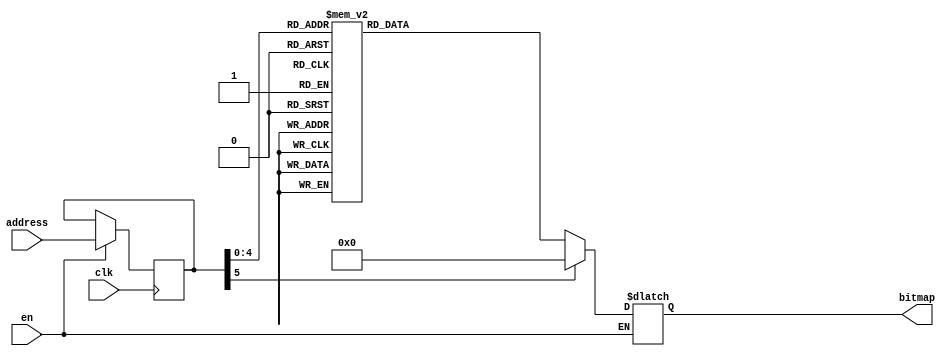
module water (clk, en, address, bitmap);
    input clk;
    input en;
    input wire[5:0] address;
    output reg[589:0] bitmap;
    reg [5:0]address_reg;
    
 always @(posedge clk)
 begin
    if (en)
     address_reg <= address;
 end
 
 always @(address_reg)
 begin
   if(en)
     case(address_reg)
       default: bitmap <= 0;
       6'b000000: bitmap <= 590'b11111100000000000000000000000000000000000000000000000000000000000000000000000000111100000000111111000000000000000000000000000000000000000000000000111111000000000000000000000000000000000000000000000000111111000000000000000000000000000000000000000000000000000000000000000000000000001110000000001111111110000000000000000000000000000000000000000000000000000000000000000000000000011110000000011111100000000000000000000000000000000000000000000000011111100000000000000000000000000000000000000000000000011111100000000000000000000000000000000000000000000000000000000000000000000000000111000000000111;
       6'b000001: bitmap <= 590'b11111111100000000000000000011100000000000000011111111100000000000000000000000111111111111111111111111000000000000000000111000000000000000111111111111111111000000000000000000111000000000000000111111111111111110000000000000000001110000000000000001111111110000000000000000000000001111111111111111111111111110000000000000000011110000000000000001111111100000000000000000000000001111111111111111111111100000000000000000011100000000000000011111111111111111100000000000000000011100000000000000111111111111111111000000000000000000111100000000000000111111111000000000000000000000000111111111111111111;
       6'b000010: bitmap <= 590'b11111111111100000000011111111111111111111111100011100011111100000000000000000011111111111111000011111111000000000011111111111111111111111111000111111111111111000000000111111111111111111111111111000111000111111111000000000111111111111111111111111110001111111110000000000000000001111111111111111111111111111110000000001111111111111111111111110001110011111110000000000000000011111111111111100011111111100000000011111111111111111111111111100011111111111111100000000011111111111111111111111111000011100011111111100000000011111111111111111111111111000111111111100000000000000000011111111111111111;
       6'b000011: bitmap <= 590'b00011111111111111111111111111111111100011111111111111111111111111111111111111111111000011000111100111111111111111111111111111111000111111111000111000011111111111111111111111111111111000111111110000111110000111111111111111111111111111110001111111110000111000111111111111111111111111110001110001110001111111111111111111111111111111110001111111111111111111111111111111111111111111100011100001100011111111111111111111111111111100001111111100011100011111111111111111111111111111111100011111111100011111000011111111111111111111111111111000111111111000011100011111111111111111111111111000111000111;
       6'b000100: bitmap <= 590'b00011100000011111111000011100011111111111111100000011100000111111111111000111111111000111111111111000000111111111000111000111111111111110000111111001111000111000111111001111000111111111111110001111111111111000000111111110001110001111111111111110001111110010110001111110001111110001110001111110000001110000001111111100001100001111111111111110000001110000001111111111100011111111100001111111111100000011111111100011100011111111111111100011111100011100011100011111100011100011111111111111000111111111111100000111111111000011000011111111111110100111110001011000011111000111111000111000011111000;
       
       6'b001000: bitmap <= 590'b00000011000000000000000000000000000000000000000000000000000000000000000000000000001111000000001111110000000000000000000000000000000000000000000000001111110000000000000000000000000000000000000000000000001111110000000000000000000000000000000000000000000000000000000000000000000000000011100000000011111111100000000000000000000000000000000000000000000000000000000000000000000000000111100000000111111000000000000000000000000000000000000000000000000111111000000000000000000000000000000000000000000000000111111000000000000000000000000000000000000000000000000000000000000000000000000001110000000001;
       6'b001001: bitmap <= 590'b00001111111000000000000000000111000000000000000111111111000000000000000000000001111111111111111111111110000000000000000001110000000000000001111111111111111110000000000000000001110000000000000001111111111111111100000000000000000011100000000000000011111111100000000000000000000000011111111111111111111111111100000000000000000111100000000000000011111111000000000000000000000000011111111111111111111111000000000000000000111000000000000000111111111111111111000000000000000000111000000000000001111111111111111110000000000000000001111000000000000001111111110000000000000000000000001111111111111111;
       6'b001010: bitmap <= 590'b01111111111111000000000111111111111111111111111000111000111111000000000000000000111111111111110000111111110000000000111111111111111111111111110001111111111111110000000001111111111111111111111111110001110001111111110000000001111111111111111111111111100011111111100000000000000000011111111111111111111111111111100000000011111111111111111111111100011100111111100000000000000000111111111111111000111111111000000000111111111111111111111111111000111111111111111000000000111111111111111111111111110000111000111111111000000000111111111111111111111111110001111111111000000000000000000111111111111111;
       6'b001011: bitmap <= 590'b11000111111111111111111111111111111111000111111111111111111111111111111111111111111110000110001111001111111111111111111111111111110001111111110001110000111111111111111111111111111111110001111111100001111100001111111111111111111111111111100011111111100001110001111111111111111111111111100011100011100011111111111111111111111111111111100011111111111111111111111111111111111111111111000111000011000111111111111111111111111111111000011111111000111000111111111111111111111111111111111000111111111000111110000111111111111111111111111111110001111111110000111000111111111111111111111111110001110001;
       6'b001100: bitmap <= 590'b11000111000000111111110000111000111111111111111000000111000001111111111110001111111110001111111111110000001111111110001110001111111111111100001111110011110001110001111110011110001111111111111100011111111111110000001111111100011100011111111111111100011111100101100011111100011111100011100011111100000011100000011111111000011000011111111111111100000011100000011111111111000111111111000011111111111000000111111111000111000111111111111111000111111000111000111000111111000111000111111111111110001111111111111000001111111110000110000111111111111101001111100010110000111110001111110001110000111110;

       6'b010000: bitmap <= 590'b11110000000000000000000000000000000000000000000000000000000000000000000000000011110000000011111100000000000000000000000000000000000000000000000011111100000000000000000000000000000000000000000000000011111100000000000000000000000000000000000000000000000000000000000000000000000000111000000000111111111000000000000000000000000000000000000000000000000000000000000000000000000001111000000001111110000000000000000000000000000000000000000000000001111110000000000000000000000000000000000000000000000001111110000000000000000000000000000000000000000000000000000000000000000000000000011100000000000000;
       6'b010001: bitmap <= 590'b11111110000000000000000001110000000000000001111111110000000000000000000000011111111111111111111111100000000000000000011100000000000000011111111111111111100000000000000000011100000000000000011111111111111111000000000000000000111000000000000000111111111000000000000000000000000111111111111111111111111111000000000000000001111000000000000000111111110000000000000000000000000111111111111111111111110000000000000000001110000000000000001111111111111111110000000000000000001110000000000000011111111111111111100000000000000000011110000000000000011111111100000000000000000000000011111111111111110000;
       6'b010010: bitmap <= 590'b11111111110000000001111111111111111111111110001110001111110000000000000000001111111111111100001111111100000000001111111111111111111111111100011111111111111100000000011111111111111111111111111100011100011111111100000000011111111111111111111111111000111111111000000000000000000111111111111111111111111111111000000000111111111111111111111111000111001111111000000000000000001111111111111110001111111110000000001111111111111111111111111110001111111111111110000000001111111111111111111111111100001110001111111110000000001111111111111111111111111100011111111110000000000000000001111111111111111100;
       6'b010011: bitmap <= 590'b01111111111111111111111111111111110001111111111111111111111111111111111111111111100001100011110011111111111111111111111111111100011111111100011100001111111111111111111111111111111100011111111000011111000011111111111111111111111111111000111111111000011100011111111111111111111111111000111000111000111111111111111111111111111111111000111111111111111111111111111111111111111111110001110000110001111111111111111111111111111110000111111110001110001111111111111111111111111111111110001111111110001111100001111111111111111111111111111100011111111100001110001111111111111111111111111100011100011111;
       6'b010100: bitmap <= 590'b01110000001111111100001110001111111111111110000001110000011111111111100011111111100011111111111100000011111111100011100011111111111111000011111100111100011100011111100111100011111111111111000111111111111100000011111111000111000111111111111111000111111001011000111111000111111000111000111111000000111000000111111110000110000111111111111111000000111000000111111111110001111111110000111111111110000001111111110001110001111111111111110001111110001110001110001111110001110001111111111111100011111111111110000011111111100001100001111111111111010011111000101100001111100011111100011100001111100011;
     endcase
 end
  
endmodule